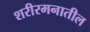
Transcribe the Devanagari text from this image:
शरीरमनातील